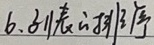
6. 列表的排序